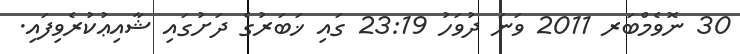
30 ނޮވެމްބަރ 2011 ވަނަ ދުވަހު 23:19 ގައި ޚަބަރުގެ ދަށުގައި ޝާއިޢުކުރެވިފައި.